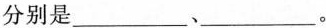
分别是___、___。